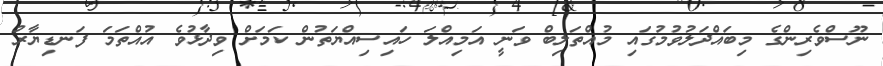
ނޫސްވެރިންގެ މިބައްދަލުވުމުގައި މުއްތަލިބް ވަނީ އަމިއްލަ ހައިސިއްޔަތުން ކަމަށް ވިދާޅުވެ އުއްތަމަ ފަނޑިޔާރު